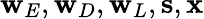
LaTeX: \mathbf{w}_{E},\mathbf{w}_{D},\mathbf{w}_{L},\mathbf{s},\mathbf{x}